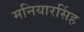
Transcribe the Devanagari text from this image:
मनियारसिंह